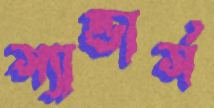
স্যান্ডার্স